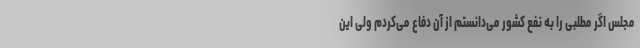
مجلس اگر مطلبی را به نفع کشور می‌دانستم از آن دفاع می‌کردم ولی این